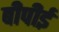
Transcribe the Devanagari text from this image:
बीपीई